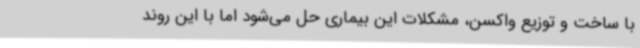
با ساخت و توزیع واکسن، مشکلات این بیماری حل می‌شود اما با این روند